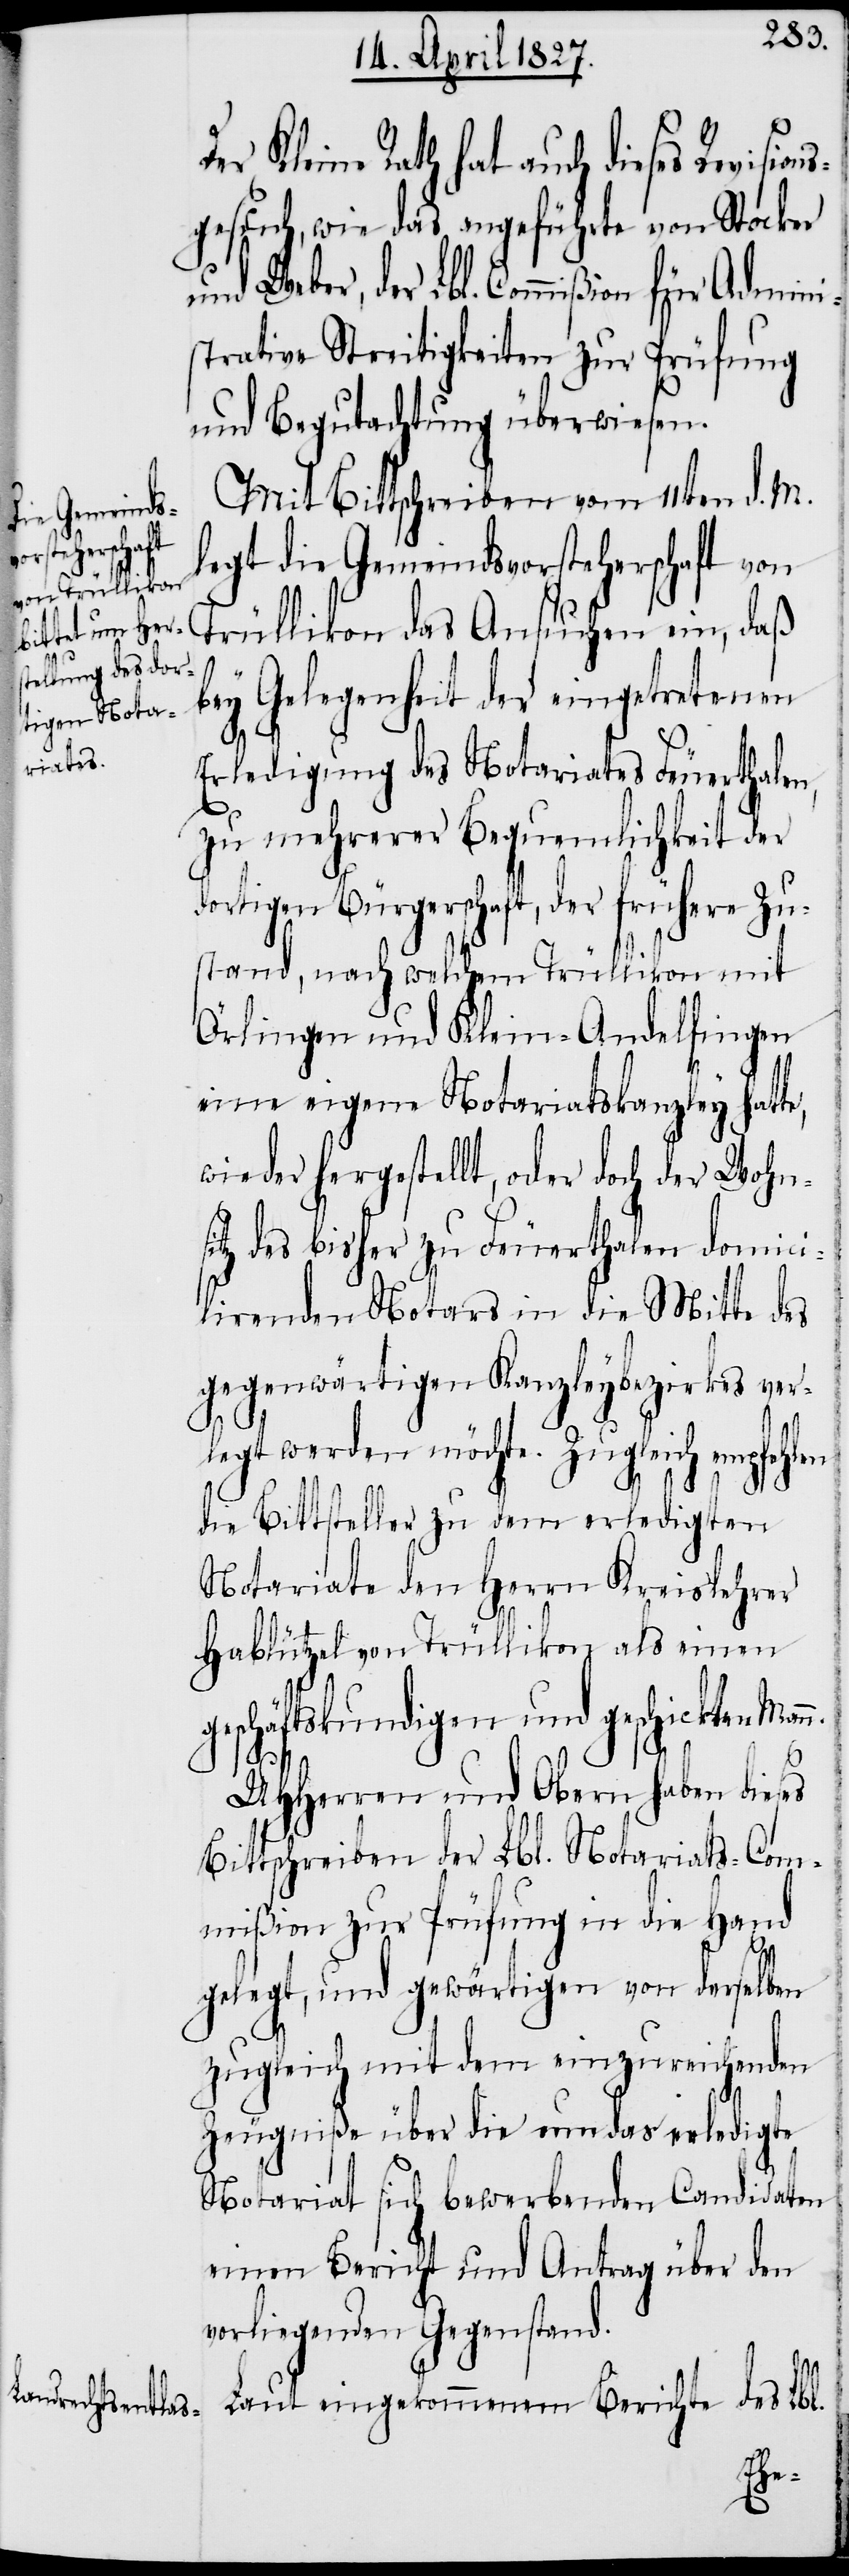
r Kleine Rath hat auch dieses Revision¬
sgesuch, wie das angeführte von Stocker
und Weber, der Lbl. Commißion für Admini¬
strative Streitigkeiten zur Prüfung
und Begutachtung überwiesen.
Mit Bittschreiben vom 11ten d. M.
legt die Gemeindsvorsteherschaft von
Trüllikon das Ansuchen ein, daß
en
bey Gelegenheit der eingetretenen
Erledigung des Notariates Feuerthalen,
zu mehrerer Bequemlichkeit der
dortigen Bürgerschaft, der frühere Zu¬
stand, nach welchem Trüllikon mit
Örlingen und Klein-Andelfingen
eine eigene Notariatskanzley hatte,
wieder hergestellt, oder doch der Wohn¬
tz des bisher zu Feuerthalen domici¬
lirenden Notars in die Mitte des
gegenwärtigen Kanzleybezirkes ver¬
legt werden möchte. Zugleich empfehl¬
die Bittsteller dem erledigten
Notariate den Herrn Kreislehrer
Halblützel von Trüllikon als einen
geschäftskundigen und geschickten Man¬
n.
UHHerren und Obern haben dieses
Bittschreiben der Lbl. Notariats-Com¬
mißion zur Prüfung in die Hand
gelegt, und gewärtigen von derselben
zugleich mit dem einzureichenden
Zeugniße über die um das erledigte
Notariat sich bewerbenden Candidaten
einen Bericht und Antrag über den
vorliegenden Gegenstand.
Laut eingekommenem Berichte des Lbl.
si¬